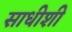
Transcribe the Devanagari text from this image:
साधीशी